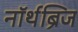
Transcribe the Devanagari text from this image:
नॉर्थब्रिज